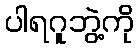
ပါရဂူဘွဲ့ကို